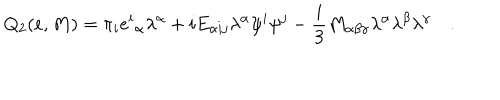
Q _ { 2 } ( e , M ) = \pi _ { i } { e ^ { i } } _ { \alpha } \lambda ^ { \alpha } + i E _ { \alpha i j } \lambda ^ { \alpha } \psi ^ { i } \psi ^ { j } - \frac { i } { 3 } M _ { \alpha \beta \gamma } \lambda ^ { \alpha } \lambda ^ { \beta } \lambda ^ { \gamma } \quad .